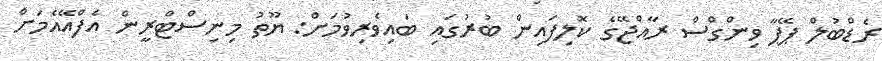
ރެޑްބުލް ޕޭޕާ ވިންގްސް ރާއްޖޭގެ ކޮލިފައިން ބުރުގައި ބައިވެރިވުމަށް: ޔޫތު މިނިސްޓްރީން އެފްއޭއެމަށް